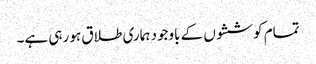
تمام کوششوں کے باوجود ہماری طلاق ہو رہی ہے۔